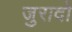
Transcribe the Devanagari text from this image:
जुरादो